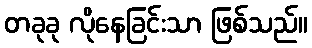
တခုခု လိုနေခြင်းသာ ဖြစ်သည်။